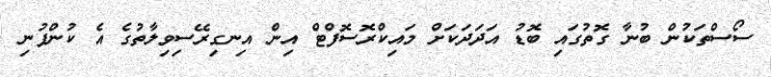
ސޯސްތަކުން ބުނާ ގޮތުގައި ބޮޑު އަދަދަކަށް މައިކްރޮސޮފްޓް އިން އިނގިރޭސިވިލާތުގެ އެ ކުންފުނި